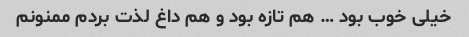
خیلی خوب بود … هم تازه بود و هم داغ لذت بردم ممنونم